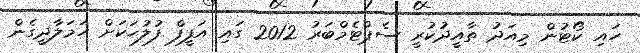
ހައި ކޯޓުން މިއަދު ތާއީދުކުރީ ސެޕްޓެމްބަރު 2012 ގައި އަފީފް ފުލުހަކަށް ހަމަލާދީގެން